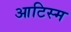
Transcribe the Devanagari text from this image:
आटिस्म